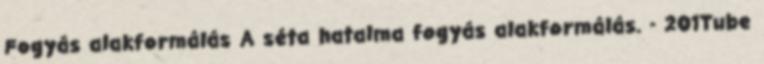
Fogyás alakformálás A séta hatalma fogyás alakformálás. - 201Tube